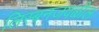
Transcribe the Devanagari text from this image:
लिस्बनजवळील